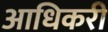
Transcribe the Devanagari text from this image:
आधिकरी